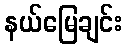
နယ်မြေချင်း